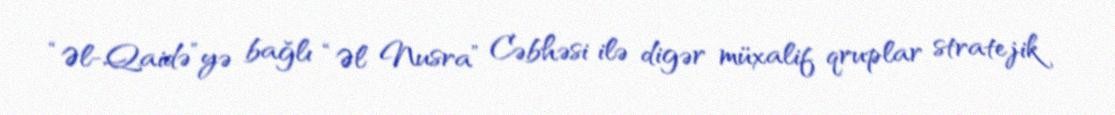
“Əl-Qaidə”yə bağlı “Əl Nusra” Cəbhəsi ilə digər müxalif qruplar stratejik